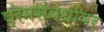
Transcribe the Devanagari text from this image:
प्रेमसंबंधांवर